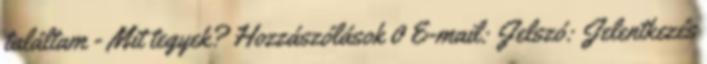
találtam - Mit tegyek? Hozzászólások 0 E-mail: Jelszó: Jelentkezés